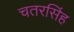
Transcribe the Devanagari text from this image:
चतरसिंह